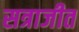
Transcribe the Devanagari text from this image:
सत्राजीत